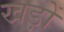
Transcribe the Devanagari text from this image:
खड़ों